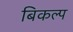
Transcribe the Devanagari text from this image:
बिकल्प